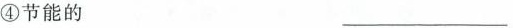
④节能的 ___